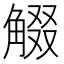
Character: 𧣸